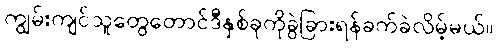
ကျွမ်းကျင်သူတွေတောင်ဒီနှစ်ခုကိုခွဲခြားရန်ခက်ခဲလိမ့်မယ်။